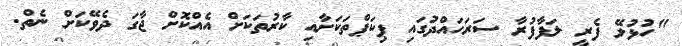
"ހުޅުލޭ ފެރީ ލަފާފުރާ ސަރަހައްދުގައި ޕިކަޕްތަކަށާއި ކާރުތަކަށް އެއްކޮށް ޖާގަ ދެވޭކަށް ނެތް.